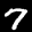
Label: 7